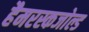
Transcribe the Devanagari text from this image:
हैमरस्कजोल्ड